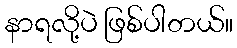
နာရလို့ပဲ ဖြစ်ပါတယ်။